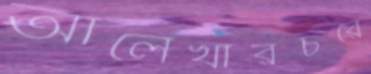
আলেখারচরে